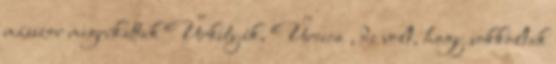
másszor megríkattak Űrkutyák, Űrcica , de volt, hogy sokkoltak